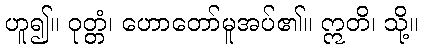
ဟူ၍။ ဝုတ္တံ၊ ဟောတော်မူအပ်၏။ ဣတိ၊ သို့။